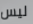
ليس